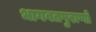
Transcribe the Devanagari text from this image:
भागवतपुराणों